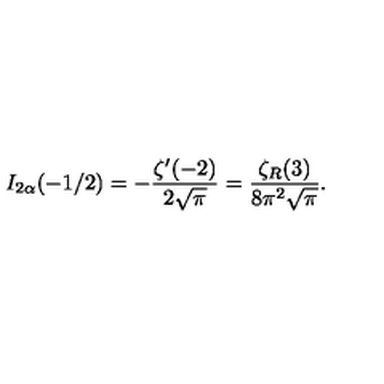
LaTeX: I _ { 2 \alpha } ( - 1 / 2 ) = - \frac { \zeta ^ { \prime } ( - 2 ) } { 2 \sqrt \pi } = \frac { \zeta _ { R } ( 3 ) } { 8 \pi ^ { 2 } \sqrt \pi } { . }